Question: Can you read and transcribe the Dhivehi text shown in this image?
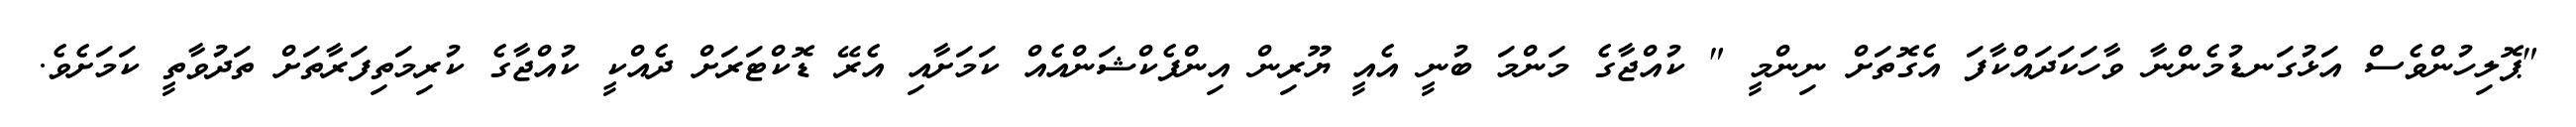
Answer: "ޕޮލިހުންވެސް އަޅުގަނޑުމެންނާ ވާހަކަދައްކާފަ އެގޮތަށް ނިންމީ " ކުއްޖާގެ މަންމަ ބުނީ އެއީ ޔޫރިން އިންފެކްޝަންއެއް ކަމަށާއި އެރޭ ޑޮކްޓަރަށް ދެއްކީ ކުއްޖާގެ ކުރިމަތިފަރާތަށް ތަދުވާތީ ކަމަށެވެ.